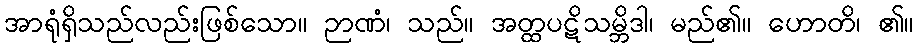
အာရုံရှိသည်လည်းဖြစ်သော။ ဉာဏံ၊ သည်။ အတ္ထပဋိသမ္ဘိဒါ၊ မည်၏။ ဟောတိ၊ ၏။